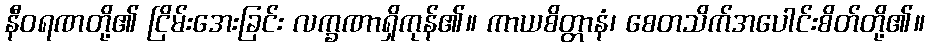
နီဝရဏတို့၏ ငြိမ်းအေးခြင်း လက္ခဏာရှိကုန်၏။ ကာယစိတ္တာနံ၊ စေတသိက်အပေါင်းစိတ်တို့၏။